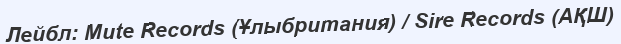
Лейбл: Mute Records (Ұлыбритания) / Sire Records (АҚШ)